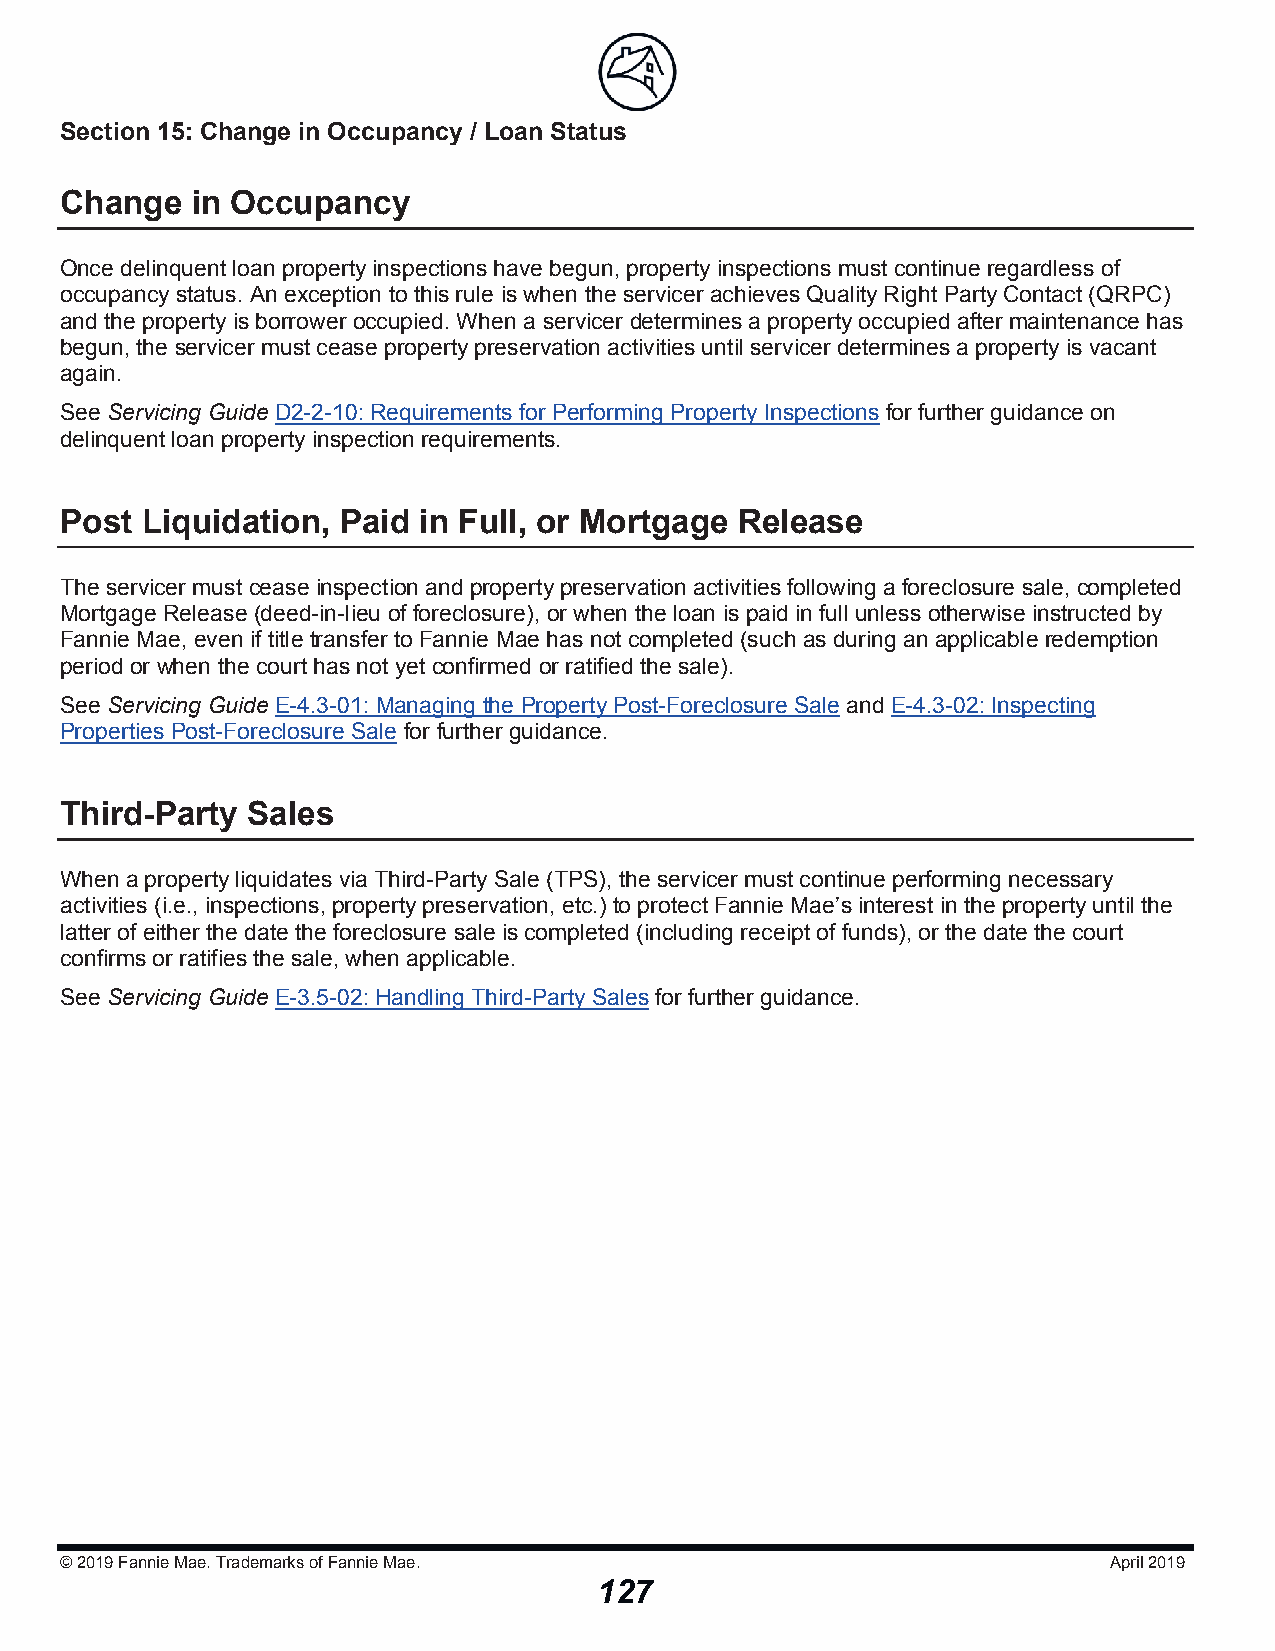
Section 15: Change in Occupancy / Loan Sttaattuuss
 Change   in Occupancy
 Once delinquent loan property inspections have begun, property inspections must continue regardless of
 occupancy status. An exception to this rule is when the servicer achieves Quality Right Party Contact (QRPC)
 and the property is borrower occupied. When a servicer determines a property occupied after maintenance has
 begun, the servicer must cease property preservation activities until servicer determines a property is vacant
 again.
 See Servicing Guide D2-2-10: Requirements for Performing Property Inspections for further guidance on
 delinquent loan property inspection requirements.
 Post Liquidation, Paid  in Full, or Mortgage Release
 The servicer must cease inspection and property preservation activities following a foreclosure sale, completed
 Mortgage Release (deed-in-lieu of foreclosure), or when the loan is paid in full unless otherwise instructed by
 Fannie Mae, even if title transfer to Fannie Mae has not completed (such as during an applicable redemption
 period or when the court has not yet confirmed or ratified the sale).
 See Servicing Guide E-4.3-01: Managing the Property Post-Foreclosure Sale and E-4.3-02: Inspecting
 Properties Post-Foreclosure Sale for further guidance.
 Third-Party Sales
 When a property liquidates via Third-Party Sale (TPS), the servicer must continue performing necessary
 activities (i.e., inspections, property preservation, etc.) to protect Fannie Mae’s interest in the property until the
 latter of either the date the foreclosure sale is completed (including receipt of funds), or the date the court
 confirms or ratifies the sale, when applicable.
 See Servicing Guide E-3.5-02: Handling Third-Party Sales for further guidance.
 © 2019Fannie Mae. Trademarks of Fannie Mae.                          April 2019
 127